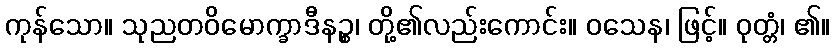
ကုန်သော။ သုညတဝိမောက္ခာဒီနဉ္စ၊ တို့၏လည်းကောင်း။ ဝသေန၊ ဖြင့်။ ဝုတ္တံ၊ ၏။